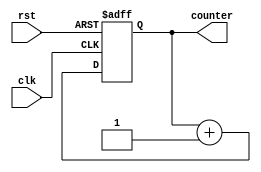
module up_counter(input clk, rst, output[31:0] counter
    );
reg [31:0] counter;
    
always @(posedge clk or posedge rst)
begin
if(rst)
 counter <= 32'd0;
else
 counter <= counter + 32'd1;
end 
endmodule